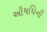
ઔષધિની